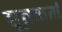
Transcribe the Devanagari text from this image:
द्यूतकर्म